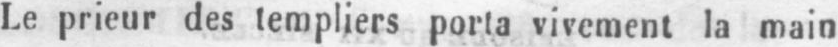
Le prieur des templiers porta vivement la main